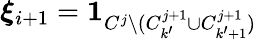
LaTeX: \boldsymbol{\xi}_{i+1}=\textbf{1}_{C^{j}\setminus(C_{k^{\prime}}^{j+1}\cup C_{k^{\prime}+1}^{j+1})}